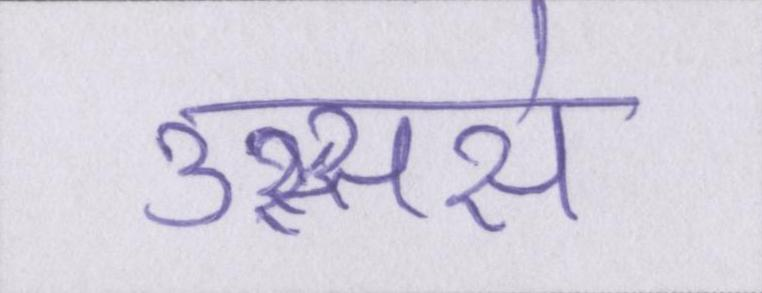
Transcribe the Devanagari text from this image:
उस्ससे